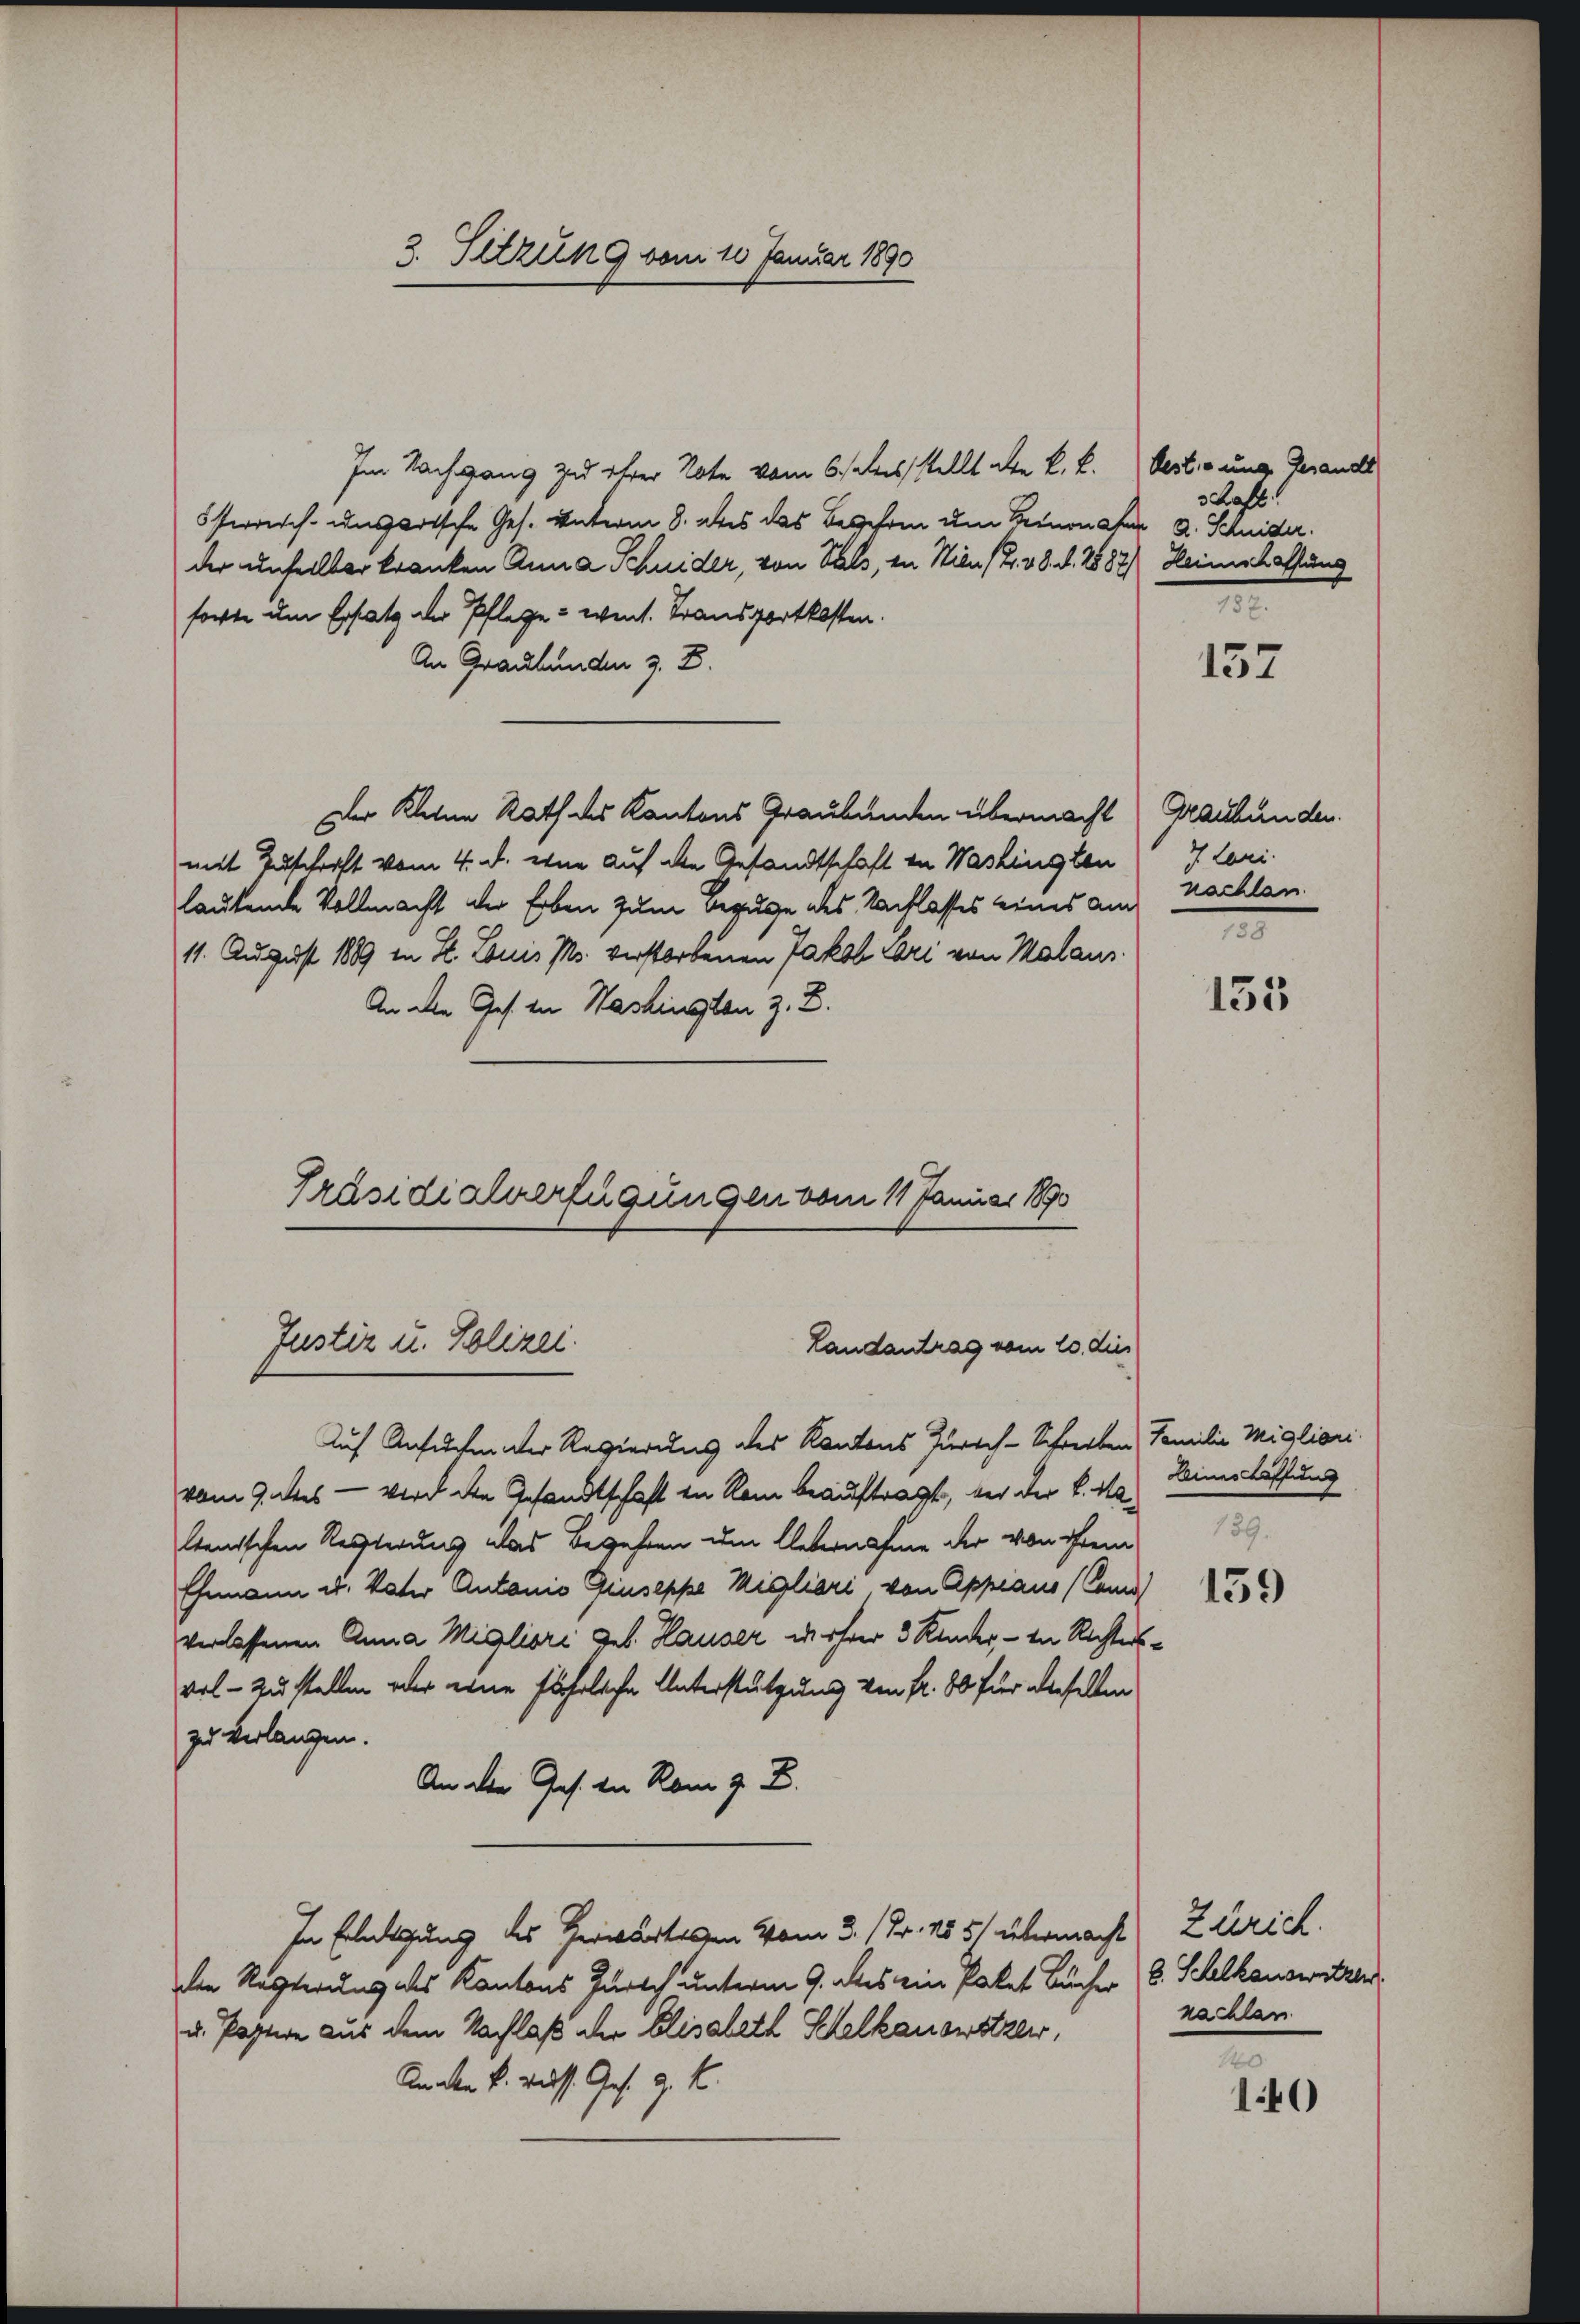
3. Setzung vom 10. Januar 1890

Im Nachgang zu ihrer Note vom 6./ es stellt aber k. k. bestigung Gerande
österrich-ungartsche Ges. unterm 8. des das Begehren um Beionafer 2. Schnider.
der unselber kranken Anna Schnider, von Vals, in Wien (T. 48. d. 1888) Heimschaffung
forte um Ersatz der Pflege - went. Transportkosten.
An Graubünden z. B.
Der Kleine Rath des Kantons Graubünden übermacht Graubünden.
mit Zuschrift vom 4. d. eine auf die Gesandtschaft in Washingten 7 Lari.
lautende Vollmacht der Erben zum Bezuge des Nachlasses eines am Nachlan
11. August 1889 in St. Louis M. verstorbenen Jakob Lori von Malaus
An den Ges. in Washingten z. B.
Präsidialverfügungen vom 11. Januar 1890

Justiz u. Polizei.
Landantrag vom 20. dies

Auf Ansuchenter Regierung des Kantons Zürich-Schreiben Familie Miglioni
vom Gottes — wird die Gesandtschaft in Rom beauftragt, bei der k. M. Dinerlaffung
lenischen Resterung das Begehren um Uebernahme der von ihrem
Ehemann u. Vater Antonio Giuseppe Migliari von Appiano (Camd 2)
verlassenen Anna Migliori geb. Hauser wehrer 3 Kinder, - in Richtervol- zu stellen oder eine fährliche Unterstützung von Fr. 80 für dieselben
zu verlangen.
An der Jos. Die Rom z. B.
In Erledigung des Herwartelen vom 3. / Fr. 155/ übermacht Zürich.
Die Regierung des Kantons Zürich unterm 9. des ein Paket Bücher (S. Schlkanswitzer
u. Pastere aus dem Nachlaß der Elisabeth Schelkanowitzer,
Anaken k. russ Ges. g. K.

schaft

157

.

135

159.

nachlan

l
140